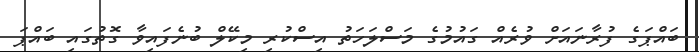
ބައްޕަގެ ފުރާނައަށް ވުރެއް ގައުމުގެ މަސްލަހަތު އިސްކުރި މިކޭލް ބުނެފައިވާ ގޮތުގައި ބައްޕަ